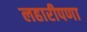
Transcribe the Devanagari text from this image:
लहारीपणा